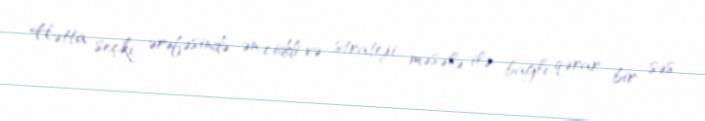
Hətta seçki ərəfəsində ən ciddi və strateji məsələ ilə bağlı qərar bir səs